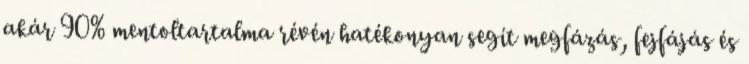
akár 90% mentoltartalma révén hatékonyan segít megfázás, fejfájás és